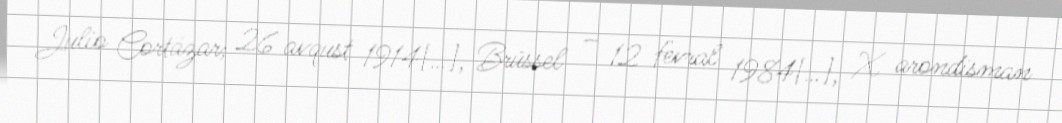
Julio Cortázar; 26 avqust 1914[…], Brüssel – 12 fevral 1984[…], X arondisman